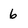
Character: 6